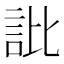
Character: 䚹